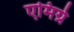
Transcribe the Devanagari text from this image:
एमिग्रे